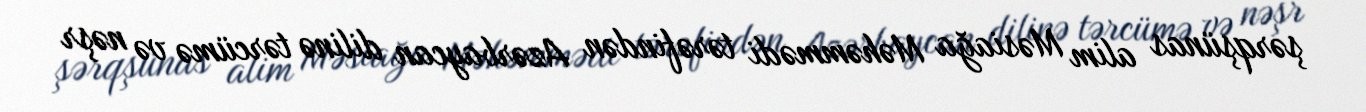
şərqşünas alim Məsiağa Məhəmmədi tərəfindən Azərbaycan dilinə tərcümə və nəşr